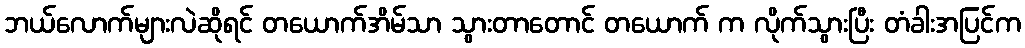
ဘယ်လောက်များလဲဆိုရင် တယောက်အိမ်သာ သွားတာတောင် တယောက် က လိုက်သွားပြီး တံခါးအပြင်က